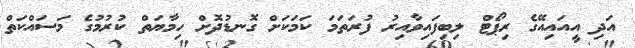
އަދި އީއައިއޭގެ ރިޕޯޓް ލިބިފައިވާއިރު ފުރަތަމަ ކަމަކަށް ގޮނޑުދޮށް ހިމާޔަތް ކުރުމުގެ މަސައްކަތް